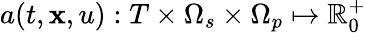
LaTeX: a(t,\mathbf{x},u):T\times\Omega_{s}\times\Omega_{p}\mapsto\mathbb{R}_{0}^{+}